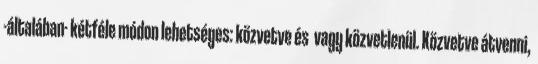
-általában- kétféle módon lehetséges: közvetve és vagy közvetlenül. Közvetve átvenni,